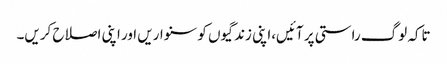
تاکہ لوگ راستی پر آئیں،اپنی زندگیوں کو سنواریں اور اپنی اصلاح کریں۔